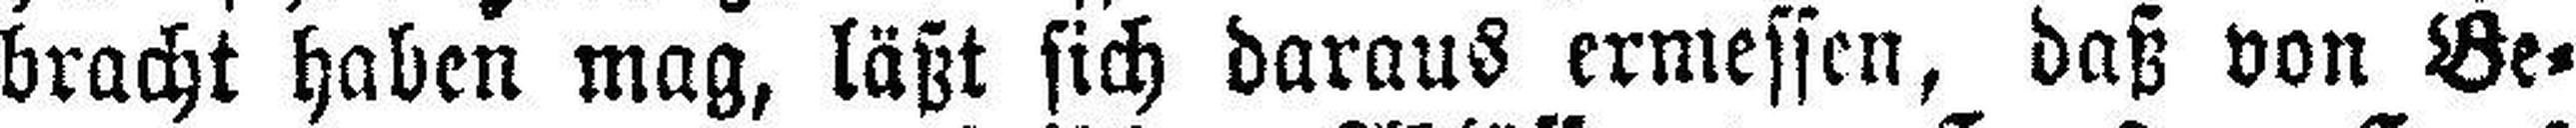
bracht haben mag, läßt sich daraus ermessen, daß von Be¬